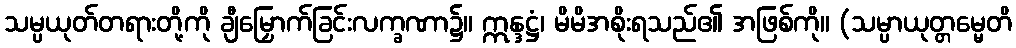
သမ္ပယုတ်တရားတို့ကို ချီမြှောက်ခြင်းလက္ခဏာ၌။ ဣန္ဒဋ္ဌံ၊ မိမိအစိုးရသည်၏ အဖြစ်ကို။ (သမ္ပာယုတ္တမ္မေတိ